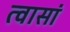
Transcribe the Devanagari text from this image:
त्वासां